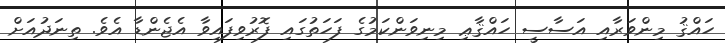
ހައްޤު މިންވަރާއި އަސާސީ ހައްޤާޢި މިނިވަންކަމުގެ ފަހަތުގައި ފޮރުވިފައިވާ އެޖެންޑާ އެވެ. ތިނަދުއަށް